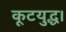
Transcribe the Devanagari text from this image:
कूटयुद्ध।